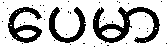
ပေမာ